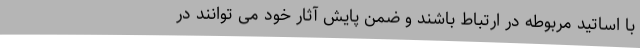
با اساتید مربوطه در ارتباط باشند و ضمن پایش آثار خود می توانند در